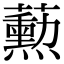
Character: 𬟓